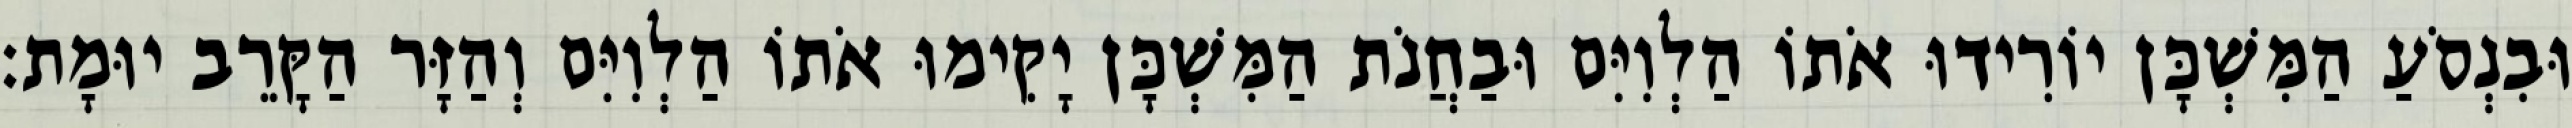
וּבִנְסֹעַ הַמִּשְׁכָּן יוֹרִידוּ אֹתוֹ הַלְוִיִּם וּבַחֲנֹת הַמִּשְׁכָּן יָקִימוּ אֹתוֹ הַלְוִיִּם וְהַזָּר הַקָּרֵב יוּמָת׃